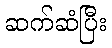
ဆက်ဆံပြီး